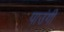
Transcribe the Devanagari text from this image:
पाउंगी